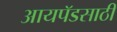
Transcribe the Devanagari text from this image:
आयपॅडसाठी